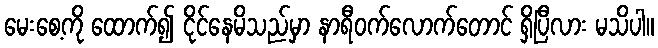
မေးစေ့ကို ထောက်၍ ငိုင်နေမိသည်မှာ နာရီဝက်လောက်တောင် ရှိပြီလား မသိပါ။